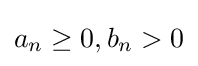
a_{n}\geq 0,b_{n}>0